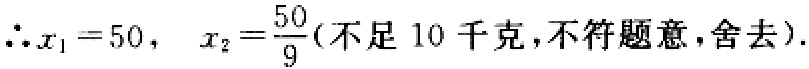
\(\therefore x_{1}=50,\ x_{2}=\frac{50}{9}(\text{不足 }10\text{ 千克，不符题意，舍去})\).